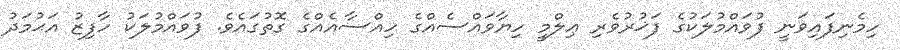
ހިމެނިފައިވަނީ ފުވައްމުލަކުގެ ފަޚުރުވެރި ޢިލްމީ ހިޔާވައްސެއްގެ ހިއްސާއެއްގެ ގޮތުގައެވެ. ފުވައްމުލަކު ހާފިޒު އަޙުމަދު